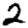
Digit: 2